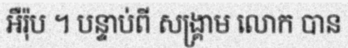
អឺរ៉ុប ។ បន្ទាប់ពី សង្គ្រាម លោក បាន